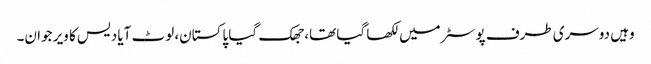
وہیں دوسری طرف پوسٹر میں لکھا گیا تھا، جھک گیا پاکستان، لوٹ آیا دیس کا ویر جوان۔